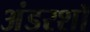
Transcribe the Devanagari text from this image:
अंडरशॉ